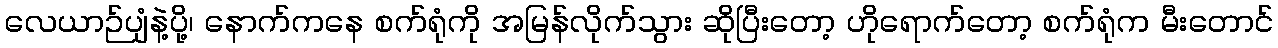
လေယာဉ်ပျံနဲ့ပို့၊ နောက်ကနေ စက်ရုံကို အမြန်လိုက်သွား ဆိုပြီးတော့ ဟိုရောက်တော့ စက်ရုံက မီးတောင်